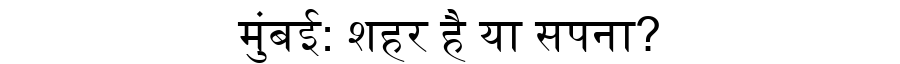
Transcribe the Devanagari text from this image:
मुंबई: शहर है या सपना?